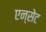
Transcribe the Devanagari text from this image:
एन्सेट